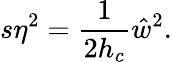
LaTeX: s\eta^{2}=\frac{1}{2h_{c}}\hat{w}^{2}.